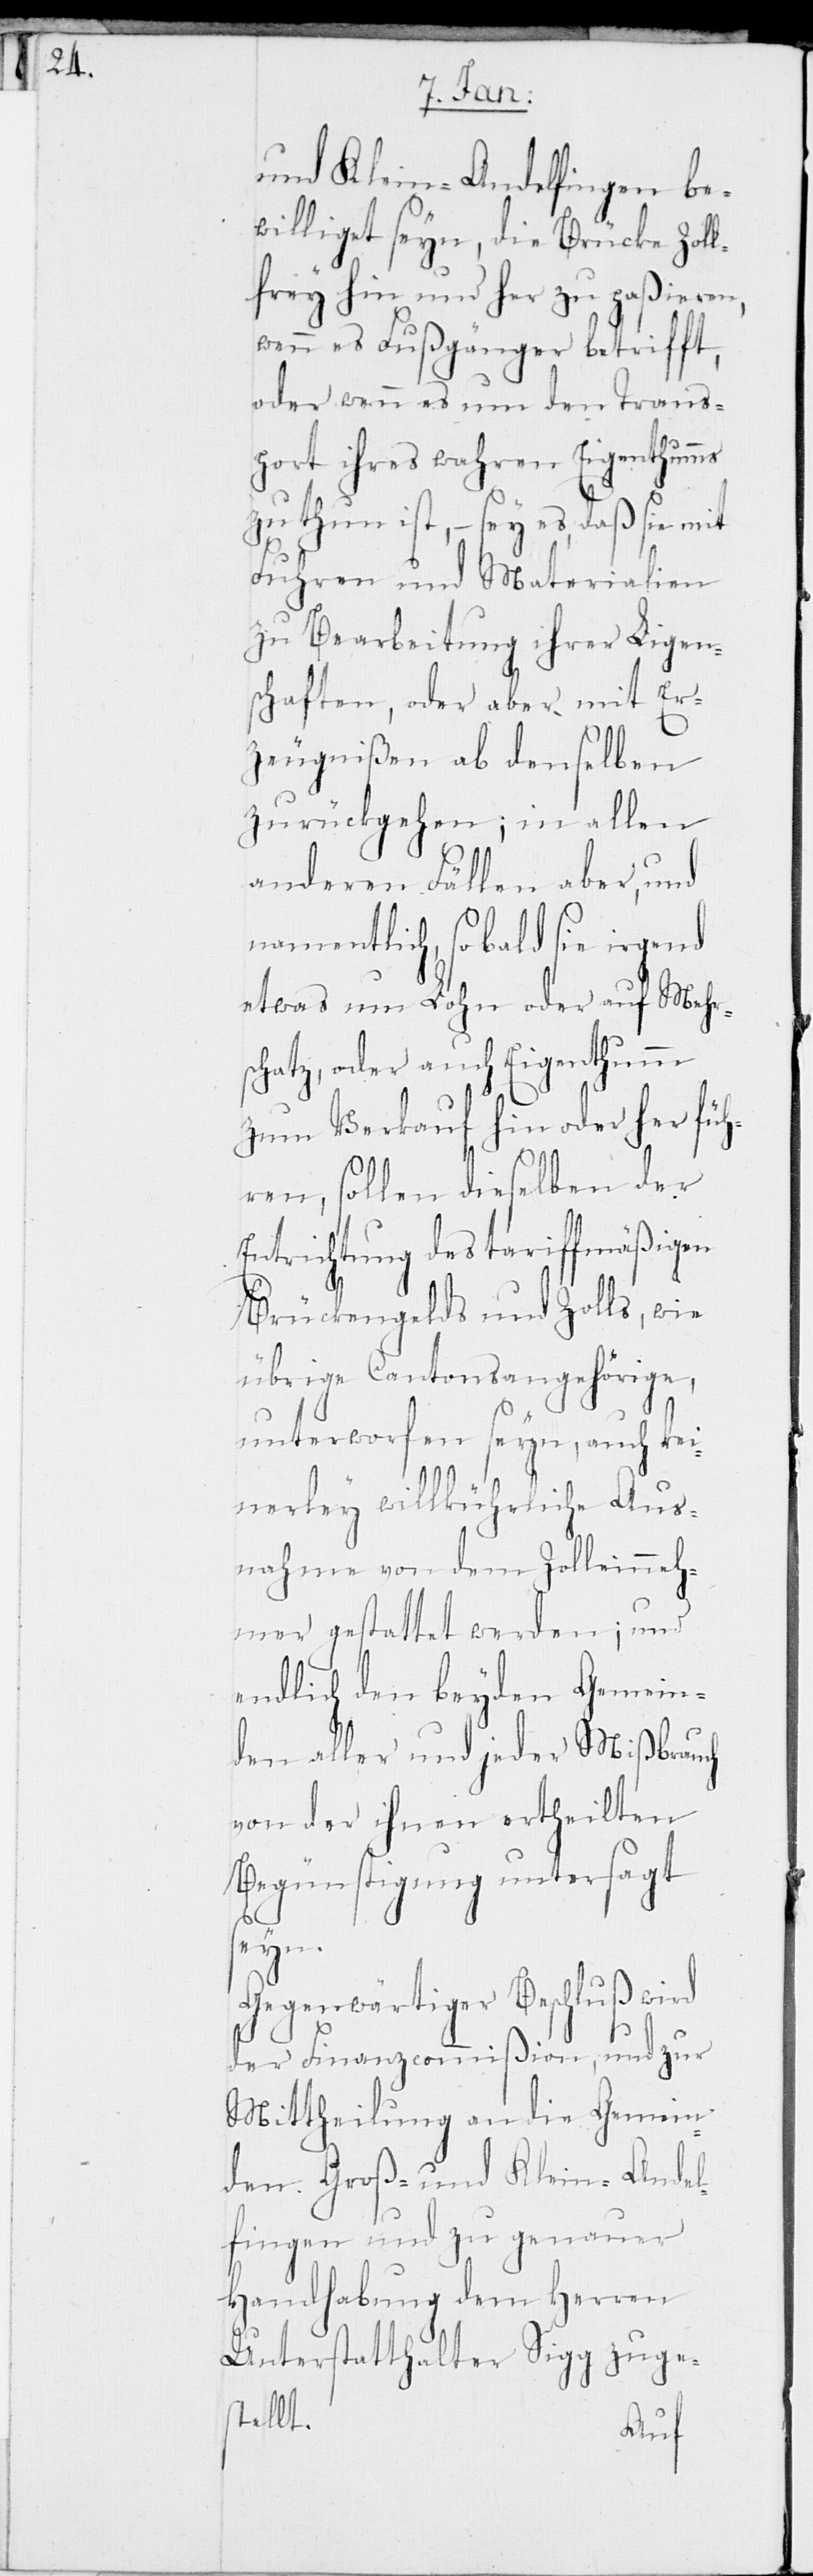
und Kleinandelfingen be¬
williget seyn, die Brücke Zoll¬
frey hin und her zu paßieren,
wenn es Fußgänger betrifft,
oder wenn es um den Trans¬
port ihres wahren Eigenthumms
zu thun ist, – sey es, daß sie mit
Fuhren und Materialien
zu Bearbeitung ihrer Ligen¬
schaften, oder aber mit Er¬
zeugnißen ab denselben
zurückgehen; in allen
anderen Fällen aber, und
namentlich, sobald sie irgend
etwas um Lohn oder auf Mehr¬
schatz, oder auch Eigenthumm
zum Verkauf hin oder her füh¬
ren, sollen dieselben der
Entrichtung des tariffmäßigen
Brückengelds und Zolls, wie
übrige Cantonsangehörige,
unterworfen seyn, auch kei¬
nerley willkührliche Aus¬
nahme von dem Zolleinneh¬
mer gestattet werden; und
endlich den beyden Gemein¬
den aller und jeder Mißbrauch
von der ihnen ertheilten
Begünstigung untersagt
seyn.
Gegenwärtiger Beschluß wird
der Finanzcommißion, und zur
Mittheilung an die Gemein¬
den Groß- und Klein-Andel¬
fingen und zu genauer
Handhabung dem Herren
Unterstatthalter Sigg zuge¬
stellt.